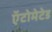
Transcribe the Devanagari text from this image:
ऍटोमेटेड